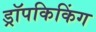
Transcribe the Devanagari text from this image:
ड्रॉपकिकिंग